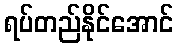
ရပ်တည်နိုင်အောင်